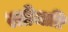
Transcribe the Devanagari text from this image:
स्त्रीजाति